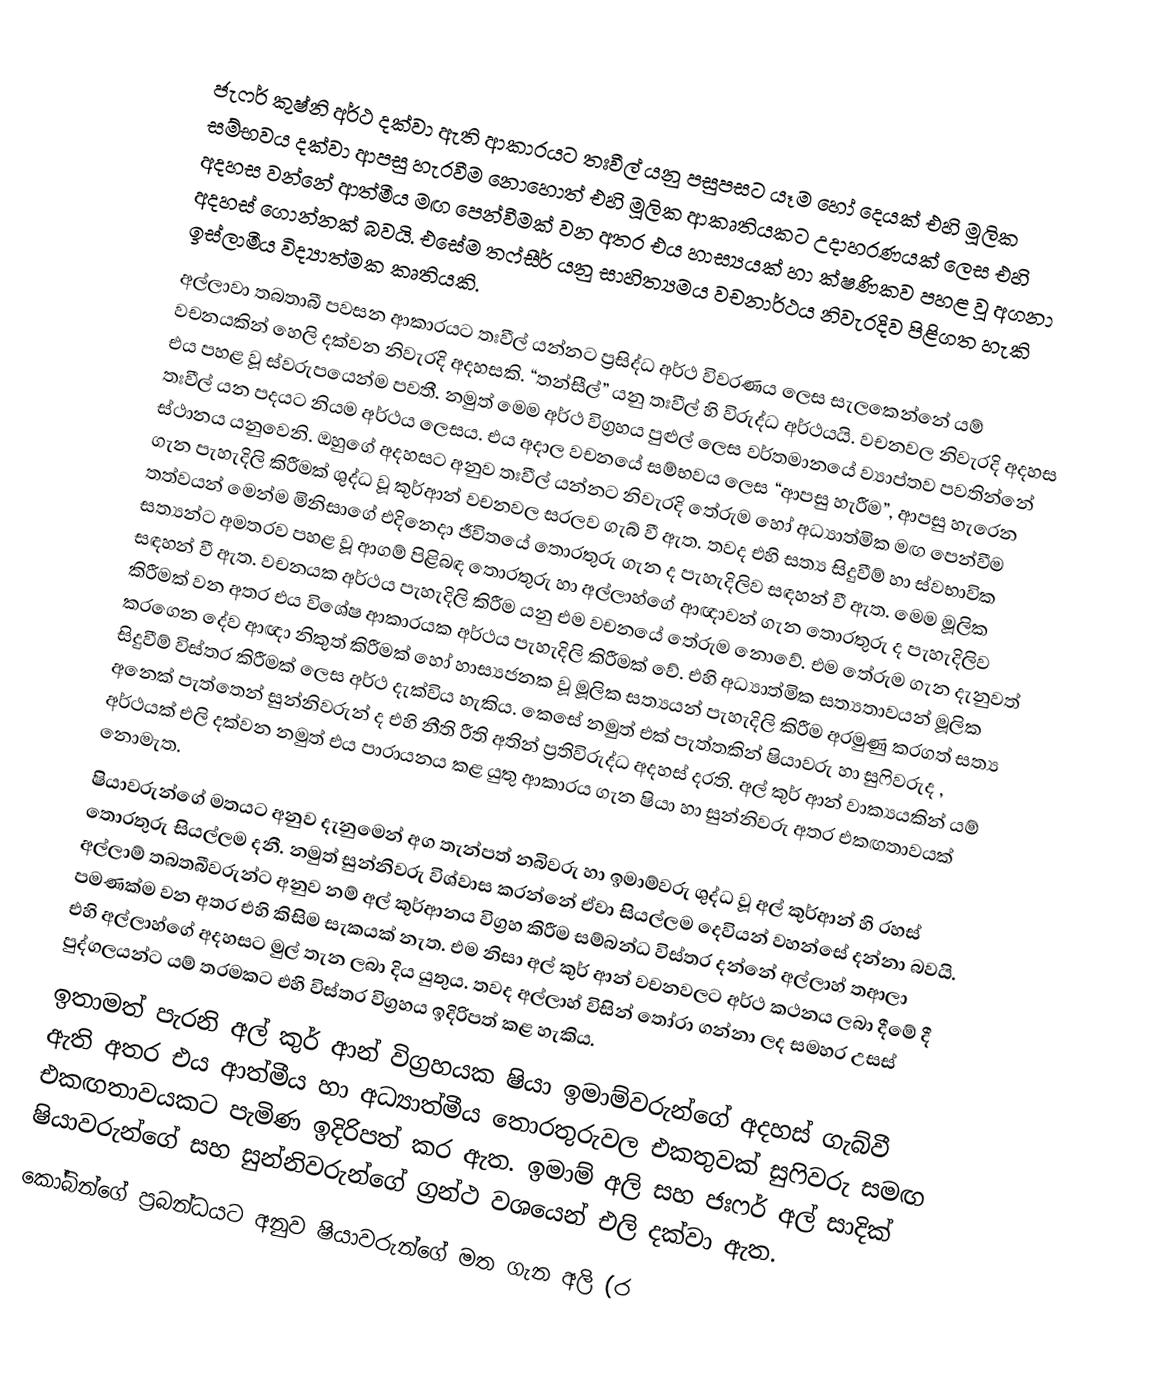
ජැෆර් කුෂ්නි අර්ථ දක්වා ඇති ආකාරයට තඃවීල් යනු පසුපසට යෑම හෝ දෙයක් එහි මූලික සම්භවය දක්වා ආපසු හැරවීම නොහොත් එහි මූලික ආකෘතියකට උදාහරණයක් ලෙස එහි අදහස වන්නේ ආත්මීය මඟ පෙන්වීමක් වන අතර එය හාස්‍යයක් හා ක්ෂණිකව පහළ වූ අගනා අදහස් ගොන්නක් බවයි. එසේම තෆ්සීර් යනු සාහිත්‍යමය වචනාර්ථය නිවැරදිව පිළිගත හැකි ඉස්ලාමීය විද්‍යාත්මක කෘතියකි.
අල්ලාවා තබතාබී පවසන ආකාරයට තඃවීල් යන්නට ප්‍රසිද්ධ අර්ථ විවරණය ලෙස සැලකෙන්නේ යම් වචනයකින් හෙලි දක්වන නිවැරදි අදහසකි. “තන්සීල්” යනු තඃවීල් හි විරුද්ධ අර්ථයයි. වචනවල නිවැරදි අදහස එය පහළ වූ ස්වරුපයෙන්ම පවතී. නමුත් මෙම අර්ථ විග්‍රහය පුළුල් ලෙස වර්තමානයේ ව්‍යාප්තව පවතින්නේ තඃවීල් යන පදයට නියම අර්ථය ලෙසය. එය අදාල වචනයේ සම්භවය ලෙස “ආපසු හැරීම”, ආපසු හැරෙන ස්ථානය යනුවෙනි. ඔහුගේ අදහසට අනුව තඃවීල් යන්නට නිවැරදි තේරුම හෝ අධ්‍යාත්මික මඟ පෙන්වීම ගැන පැහැදිලි කිරීමක් ශුද්ධ වූ කුර්ආන් වචනවල සරලව ගැබ් වී ඇත. තවද එහි සත්‍ය සිදුවීම් හා ස්වභාවික තත්වයන් මෙන්ම මිනිසාගේ එදිනෙදා ජීවිතයේ තොරතුරු ගැන ද පැහැදිලිව සඳහන් වී ඇත. මෙම මූලික සත්‍යන්ට අමතරව පහළ වූ ආගම් පිළිබඳ තොරතුරු හා අල්ලාහ්ගේ ආඥාවන් ගැන තොරතුරු ද පැහැදිලිව සඳහන් වී ඇත. වචනයක අර්ථය පැහැදිලි කිරීම යනු එම වචනයේ තේරුම නොවේ. එම තේරුම ගැන දැනුවත් කිරීමක් වන අතර එය විශේෂ ආකාරයක අර්ථය පැහැදිලි කිරීමක් වේ. එහි අධ්‍යාත්මික සත්‍යතාවයන් මූලික කරගෙන දේව ආඥා නිකුත් කිරීමක් හෝ හාස්‍යජනක වූ මූලික සත්‍යයන් පැහැදිලි කිරීම අරමුණු කරගත් සත්‍ය සිදුවීම් විස්තර කිරීමක් ලෙස අර්ථ දැක්විය හැකිය. කෙසේ නමුත් එක් පැත්තකින් ෂියාවරු හා සුෆිවරුද , අනෙක් පැත්තෙන් සුන්නිවරුන් ද එහි නීති රීති අතින් ප්‍රතිවිරුද්ධ අදහස් දරති. අල් කුර් ආන් වාක්‍යයකින් යම් අර්ථයක් එලි දක්වන නමුත් එය පාරායනය කළ යුතු ආකාරය ගැන ෂියා හා සුන්නිවරු අතර එකඟතාවයක් නොමැත.
ෂියාවරුන්ගේ මතයට අනුව දැනුමෙන් අග තැන්පත් නබිවරු හා ඉමාම්වරු ශුද්ධ වූ අල් කුර්ආන් හි රහස් තොරතුරු සියල්ලම දනී. නමුත් සුන්නිවරු විශ්වාස කරන්නේ ඒවා සියල්ලම දෙවියන් වහන්සේ දන්නා බවයි. අල්ලාම් තබතබීවරුන්ට අනුව නම් අල් කුර්ආනය විග්‍රහ කිරීම සම්බන්ධ විස්තර දන්නේ අල්ලාහ් තආලා පමණක්ම වන අතර එහි කිසිම සැකයක් නැත. එම නිසා අල් කුර් ආන් වචනවලට අර්ථ කථනය ලබා දීමේ දී එහි අල්ලාහ්ගේ අදහසට මුල් තැන ලබා දිය යුතුය. තවද අල්ලාහ් විසින් තෝරා ගන්නා ලද සමහර උසස් පුද්ගලයන්ට යම් තරමකට එහි විස්තර විග්‍රහය ඉදිරිපත් කළ හැකිය.
ඉතාමත් පැරනි අල් කුර් ආන් විග්‍රහයක ෂියා ඉමාම්වරු‍න්ගේ අදහස් ගැබ්වී ඇති අතර එය ආත්මීය හා අධ්‍යාත්මීය තොරතුරුවල එකතුවක් සුෆිවරු සමඟ එකඟතාවයකට පැමිණ ඉදිරිපත් කර ඇත. ඉමාම් අලි සහ ජඃෆර් අල් සාදික් ෂියාවරුන්ගේ සහ සුන්නිවරුන්ගේ ග්‍රන්ථ වශයෙන් එලි දක්වා ඇත.
කෝබින්ගේ ප්‍රබන්ධයට අනුව ෂියාවරුන්ගේ මත ගැන අලි (ර